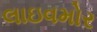
લાઇવમોર